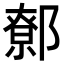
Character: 𨝷